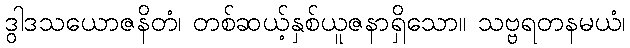
ဒွါဒသယောဇနိတံ၊ တစ်ဆယ့်နှစ်ယူဇနာရှိသော။ သဗ္ဗရတနမယံ၊